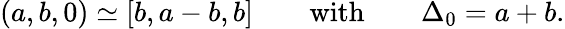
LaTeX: (a,b,0)\simeq[b,a-b,b]\qquad\mathrm{with}\qquad\Delta_{0}=a+b.